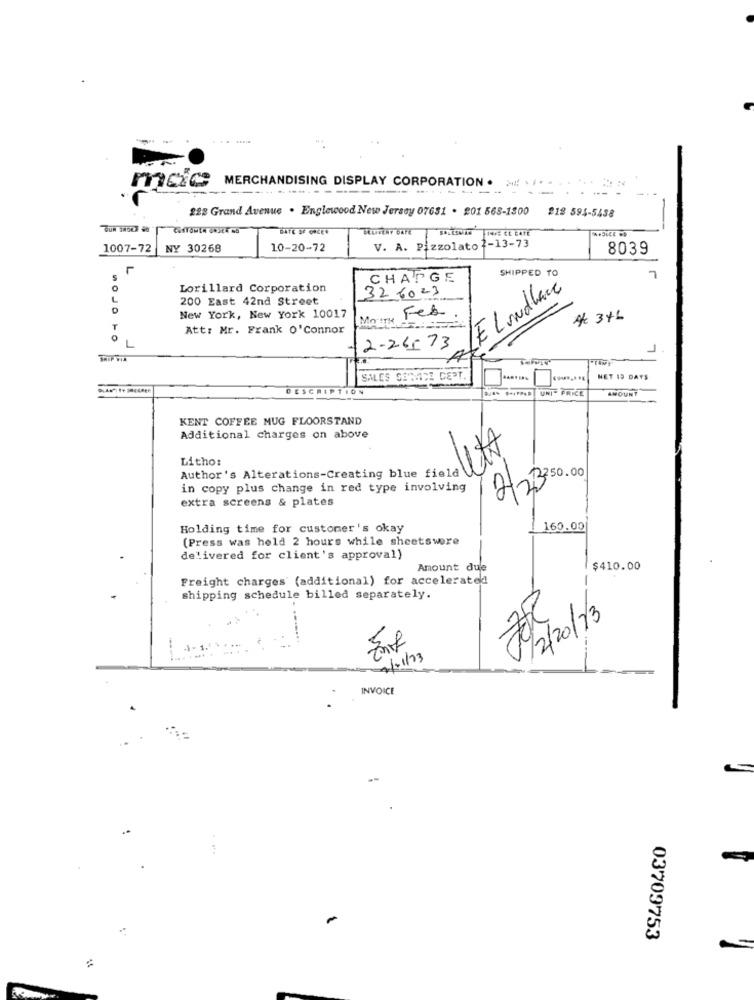
MERCHANDISING DISPLAY CORPORATION .
mac
...
228 Grand Avenue . Englewood New Jersey 07681 . 201 568-1800
218 594-5438
GATE OF GREEN
BLUSENY GATE SALESMAN INVE CE EATE
1007-72
NY 30268
10-20-72
V. A. Pizzolato ?- 13-73
8039
SHIPPED TO
CHARGE
7
Lorillard Corporation
32 6023
LE Lundhace
200 East 42nd Street
MOJO
Maine Fes
New York, New York 10017
At 346
T
Att: Mr. Frank O'Connor
2-26-73
J
SALES SERVICE DEPT.
NET 15 DAYS
DESCRIPTION
UNIT PRICE
AMOUNT
KENT COFFEE MUG FLOORSTAND
Additional charges on above
Litho:
Author's Alterations-Creating blue fiere 17
2230
in copy plus change in red type involving
extra screens & plates
Holding time for customer's okay
160.00
(Press was held 2 hours while sheetswere
delivered for client's approval)
Amount due
$410.00
Freight charges (additional) for accelerated
shipping schedule billed separately.
02/2013
INVOICE
--
..
-
03709753